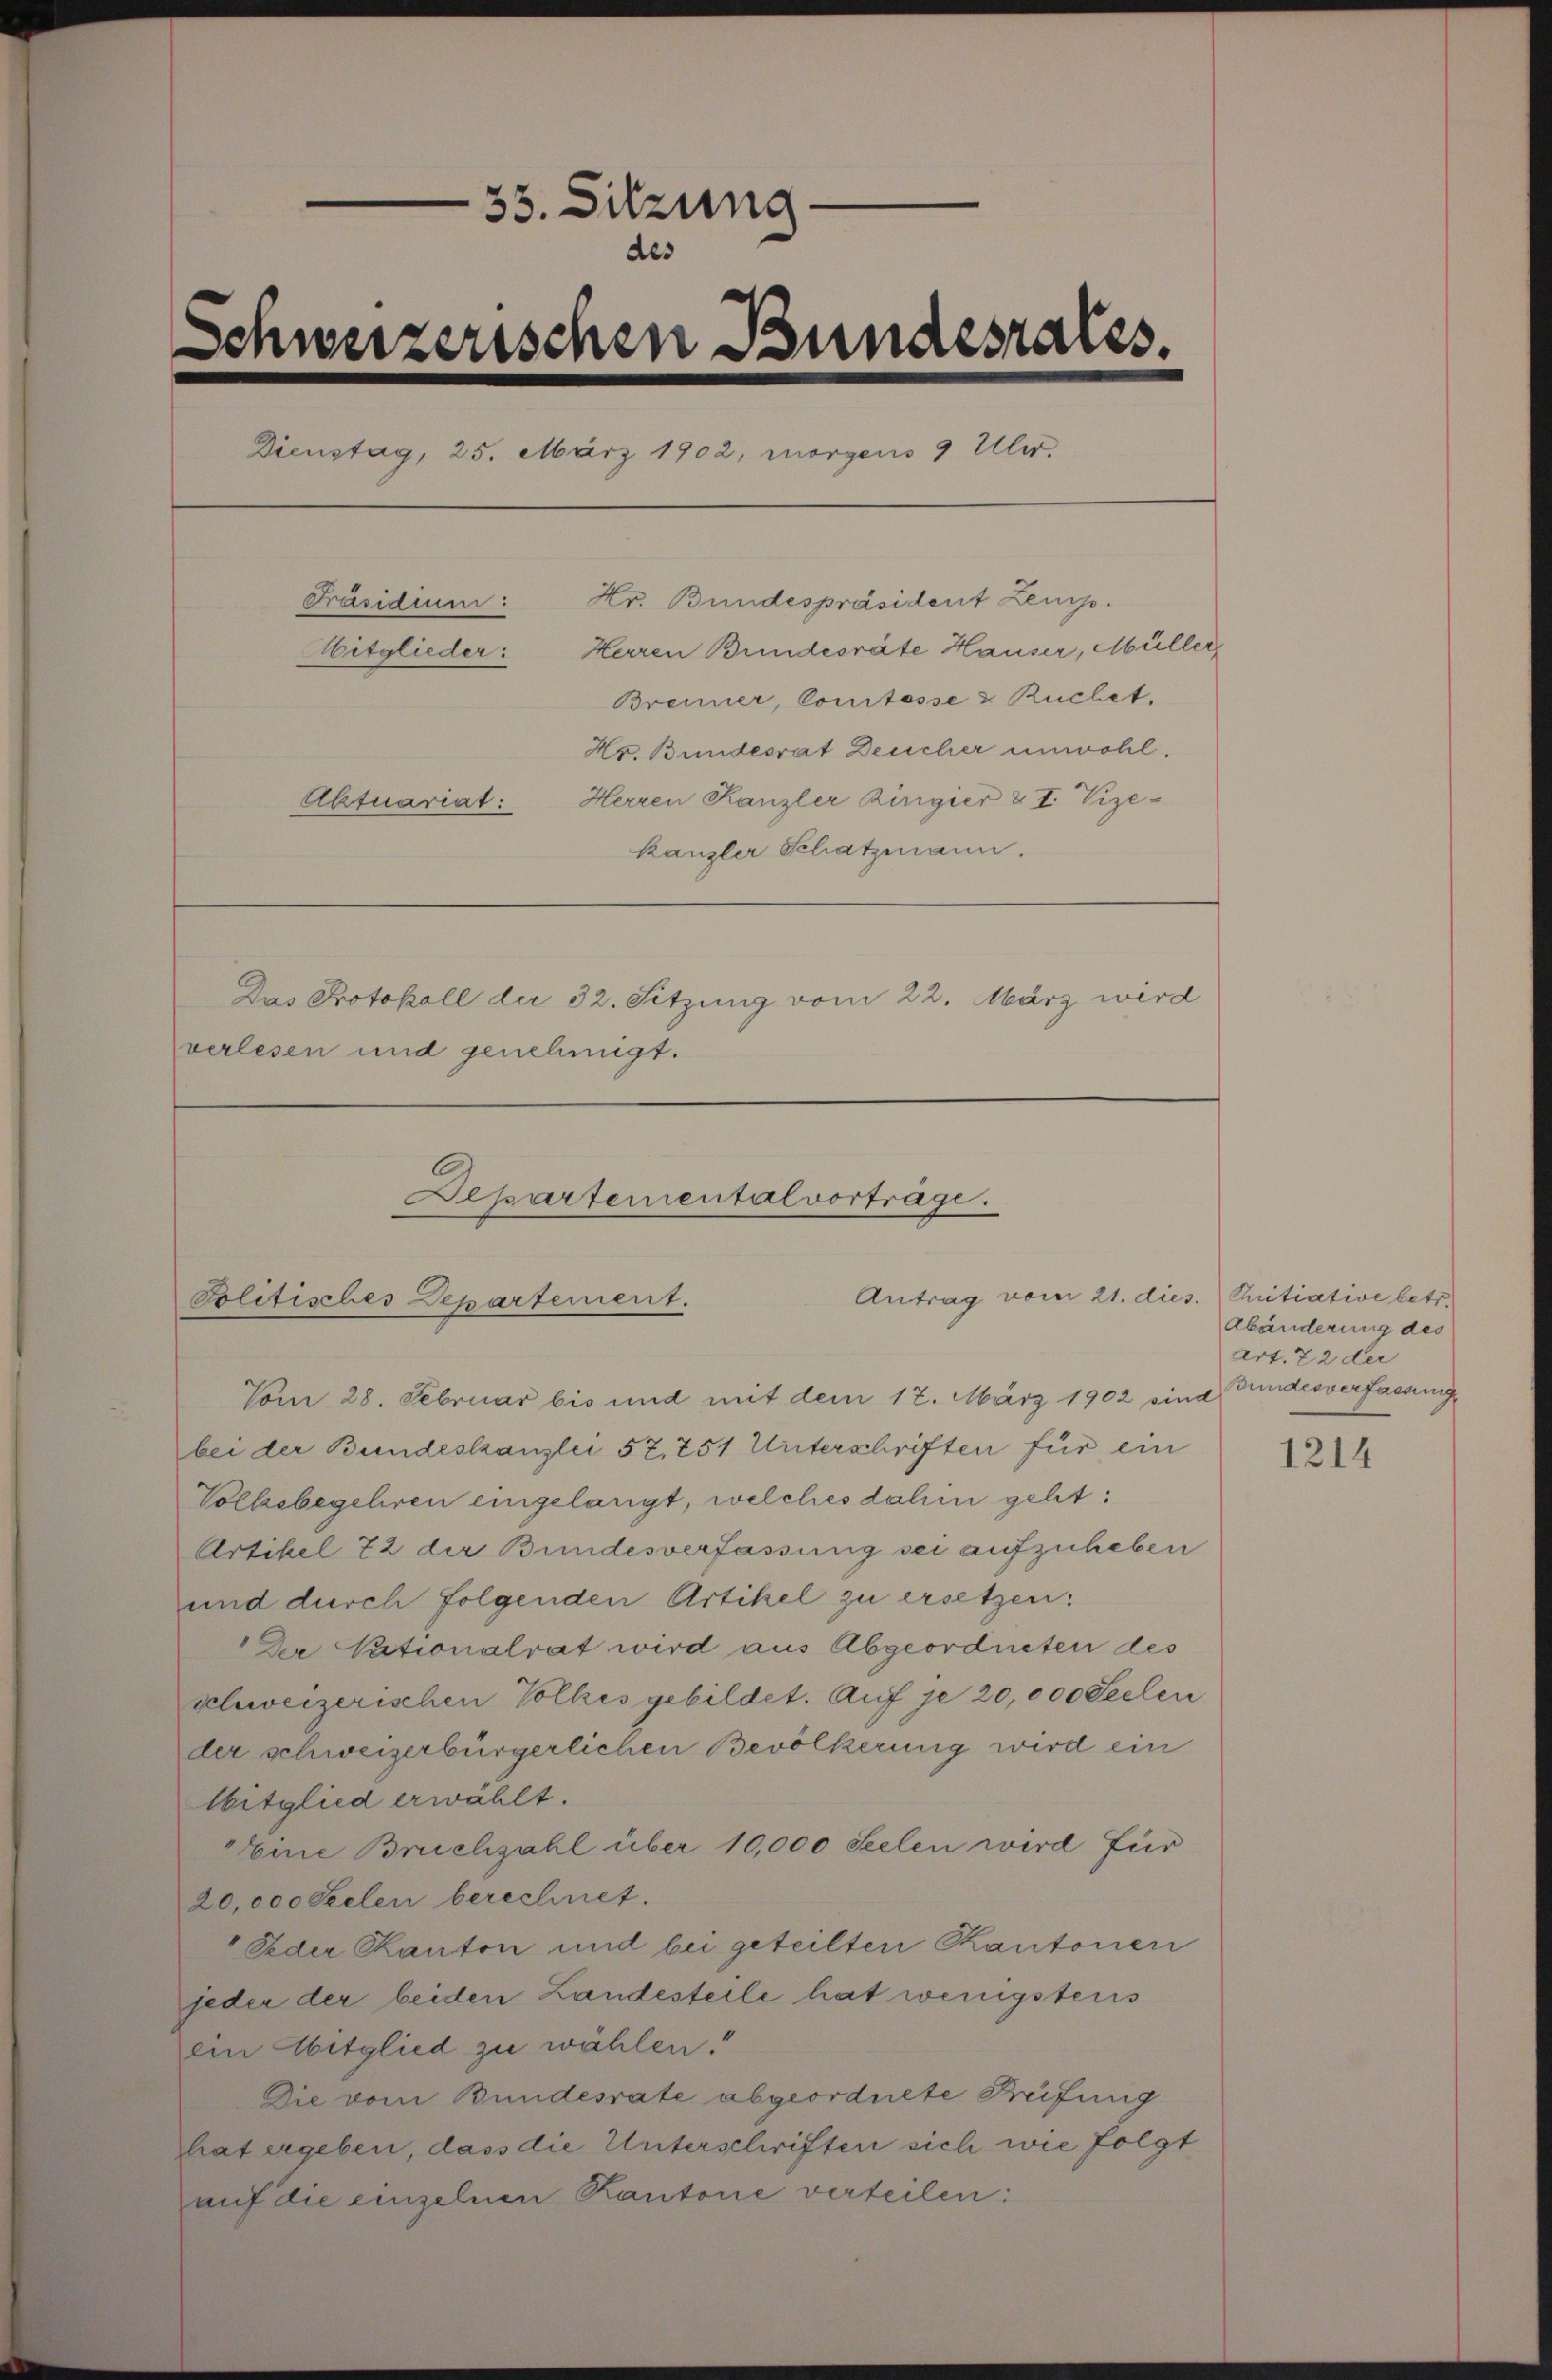
33. Sitzung
des
Schweizerischen Bundesrates.
Dienstag, 25. März 1902, morgens 9 Uler.
Präsidium: Hr. Bundespräsident Zeug
Mitglieder: Herren Bundesräte Hauser, Müller
Brenner, Coustosse & Ruchet.
Hr. Bundesrat Deucher unwohl.
Aktuariat: Herren Kanzler Ringier & I. Vize-
kanzler Schatzmann.
Das Protokoll der 32. Sitzung vom 22. März wird
verlesen und genehmigt.

Departementalvortrage.
Antrag vom 21. dies
Politisches Departement.

bei der Bundeskanzlei 57. 751 Unterschriften für ein
Volksbegehren eingelangt, welches dahin geht:
Artikel 72 der Bundesverfassung sei aufzuheben
und durch folgenden Artikel zu ersetzen:
Dr Nationalrat wird aus Abgeordneten des
schweizerischen Volkes gebildet. Auf je 20,000 Seelen
der schweizerbürgerlichen Bevölkerung wird ein
lbitglied erwählt.
Eine Bruchzahl über 10,000 Seelen wird für
20,000 Seelen berechnet.
Feder Kanton und bei geteilten Kantonen
jeder der beiden Landesteile hat wenigstens
ein Mitglied zu wählen.
Die vom Bundesrate abgeordnete Preifung
hat ergeben, dass die Unterschriften sich wie folgt
auf die einzelnen Kantone verteilen:

Vom 28. Februar bis und mit dem 17. März 1902 sind Gundesverfassung

Initiative betr.
Abänderung des
Art. 72 der

1214